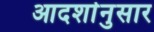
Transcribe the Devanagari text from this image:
आदर्शानुसार